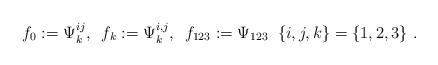
LaTeX: \begin{align*}f_0:=\Psi^{ij}_{k},\;\: f_k:=\Psi^{i,j}_k,\;\: f_{123}:=\Psi_{123}\;\; \{i,j,k\}=\{1,2,3\} \ .\end{align*}